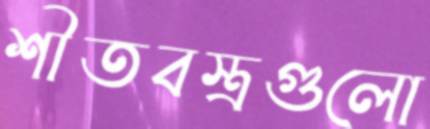
শীতবস্ত্রগুলো